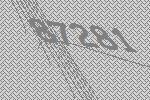
87281